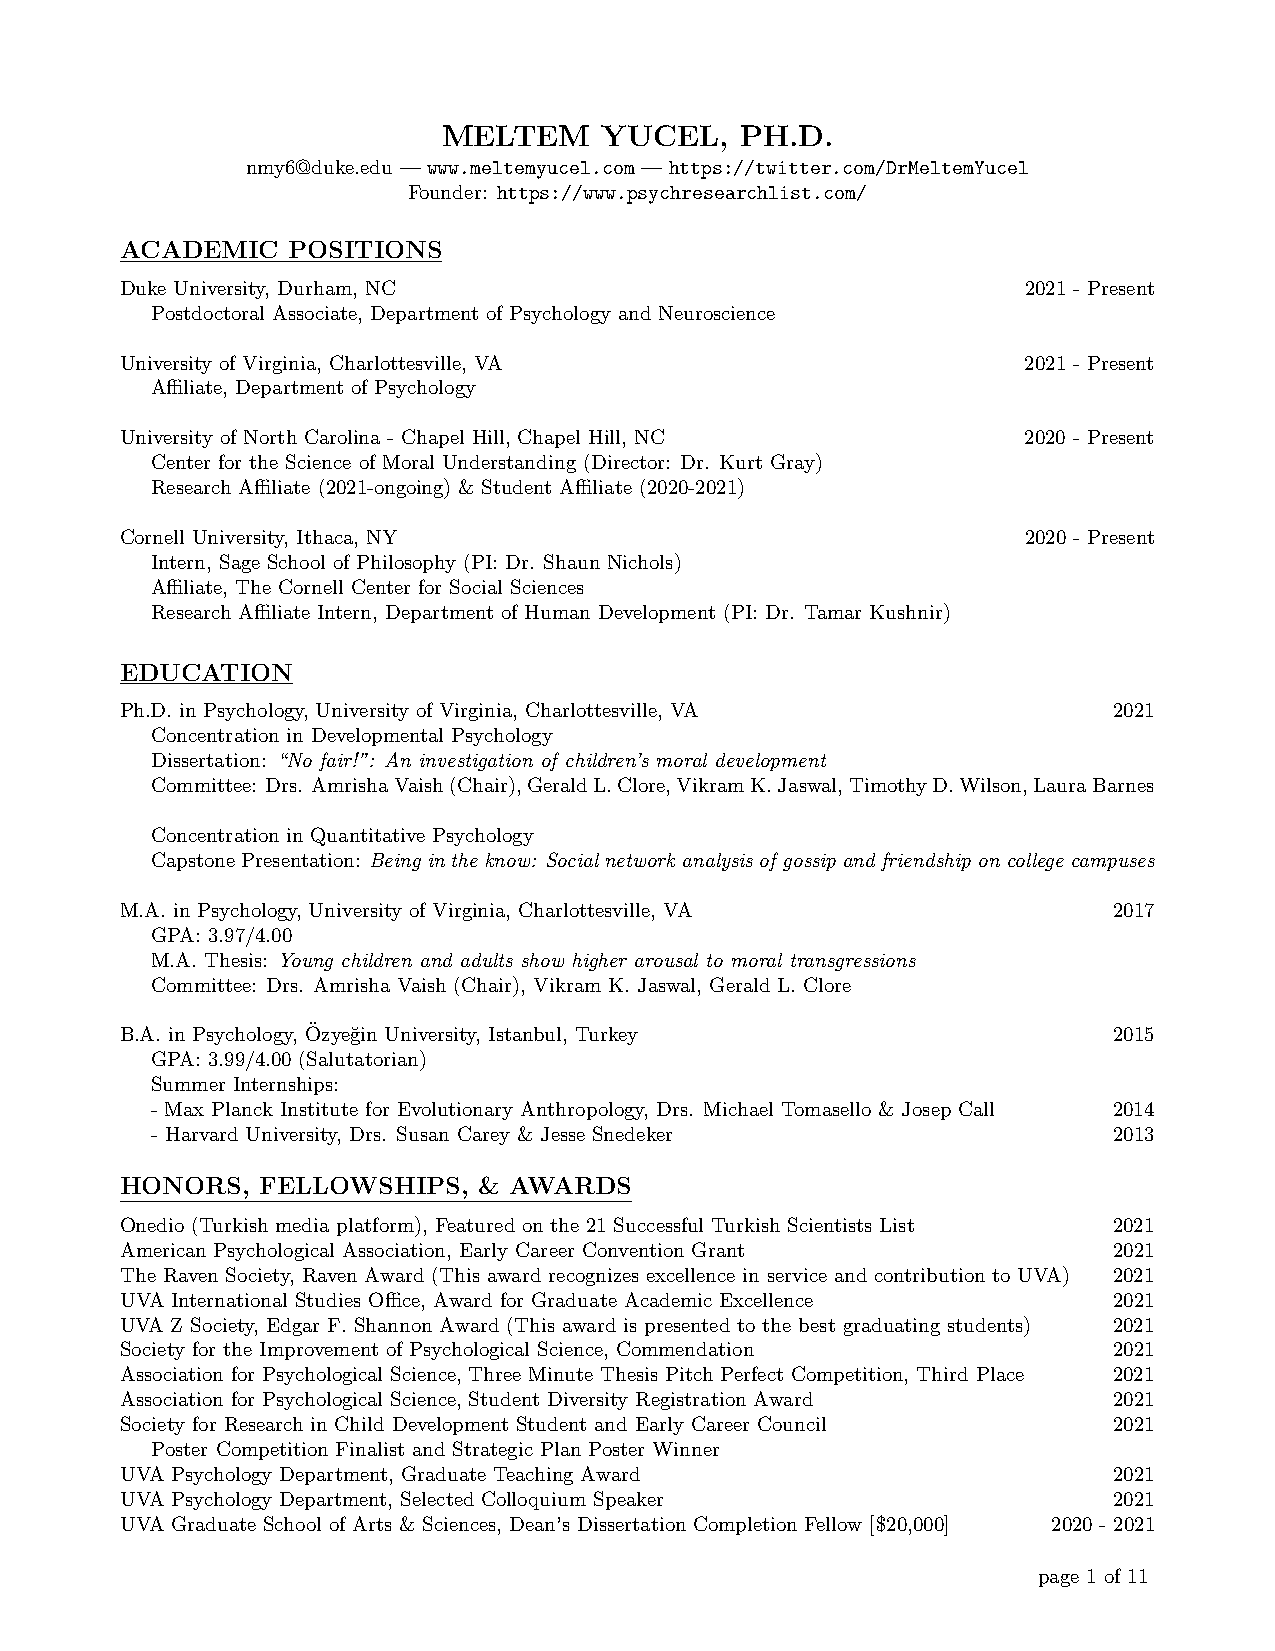
MELTEM     YUCEL,   PH.D.
 nmy6@duke.edu — www.meltemyucel.com — https://twitter.com/DrMeltemYucel
 Founder: https://www.psychresearchlist.com/
 ACADEMIC   POSITIONS
 Duke University, Durham, NC                                 2021 - Present
 Postdoctoral Associate, Department of Psychology and Neuroscience
 University of Virginia, Charlottesville, VA                 2021 - Present
 Affiliate, Department of Psychology
 University of North Carolina - Chapel Hill, Chapel Hill, NC 2020 - Present
 Center for the Science of Moral Understanding (Director: Dr. Kurt Gray)
 Research Affiliate (2021-ongoing) & Student Affiliate (2020-2021)
 Cornell University, Ithaca, NY                              2020 - Present
 Intern, Sage School of Philosophy (PI: Dr. Shaun Nichols)
 Affiliate, The Cornell Center for Social Sciences
 Research Affiliate Intern, Department of Human Development (PI: Dr. Tamar Kushnir)
 EDUCATION
 Ph.D. in Psychology, University of Virginia, Charlottesville, VA  2021
 Concentration in Developmental Psychology
 Dissertation: “No fair!”: An investigation of children’s moral development
 Committee: Drs. AmrishaVaish(Chair),GeraldL.Clore,VikramK.Jaswal,TimothyD.Wilson,LauraBarnes
 Concentration in Quantitative Psychology
 CapstonePresentation: Beingintheknow: Socialnetworkanalysisofgossipandfriendshiponcollegecampuses
 M.A. in Psychology, University of Virginia, Charlottesville, VA   2017
 GPA: 3.97/4.00
 M.A. Thesis: Young children and adults show higher arousal to moral transgressions
 Committee: Drs. Amrisha Vaish (Chair), Vikram K. Jaswal, Gerald L. Clore
 B.A. in Psychology, O¨zye˘gin University, Istanbul, Turkey        2015
 GPA: 3.99/4.00 (Salutatorian)
 Summer Internships:
 - Max Planck Institute for Evolutionary Anthropology, Drs. Michael Tomasello & Josep Call 2014
 - Harvard University, Drs. Susan Carey & Jesse Snedeker         2013
 HONORS,  FELLOWSHIPS,   & AWARDS
 Onedio (Turkish media platform), Featured on the 21 Successful Turkish Scientists List 2021
 American Psychological Association, Early Career Convention Grant 2021
 The Raven Society, Raven Award (This award recognizes excellence in service and contribution to UVA) 2021
 UVA International Studies Office, Award for Graduate Academic Excellence 2021
 UVA Z Society, Edgar F. Shannon Award (This award is presented to the best graduating students) 2021
 Society for the Improvement of Psychological Science, Commendation 2021
 Association for Psychological Science, Three Minute Thesis Pitch Perfect Competition, Third Place 2021
 Association for Psychological Science, Student Diversity Registration Award 2021
 Society for Research in Child Development Student and Early Career Council 2021
 Poster Competition Finalist and Strategic Plan Poster Winner
 UVA Psychology Department, Graduate Teaching Award                2021
 UVA Psychology Department, Selected Colloquium Speaker            2021
 UVA Graduate School of Arts & Sciences, Dean’s Dissertation Completion Fellow [$20,000] 2020 - 2021
 page 1 of 11